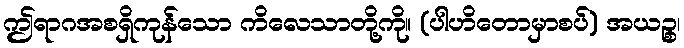
ဤရာဂအစရှိကုန်သော ကိလေသာတို့ကို။ (ပါဟိတောမှာစပ်) အယဉ္စ၊